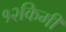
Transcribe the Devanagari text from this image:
१२किमी